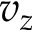
v _ { z }